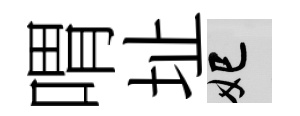
喟址妃